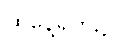
ထိုနေ့ရက်၌